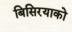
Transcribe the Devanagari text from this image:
बिसिरयाको